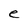
Character: e